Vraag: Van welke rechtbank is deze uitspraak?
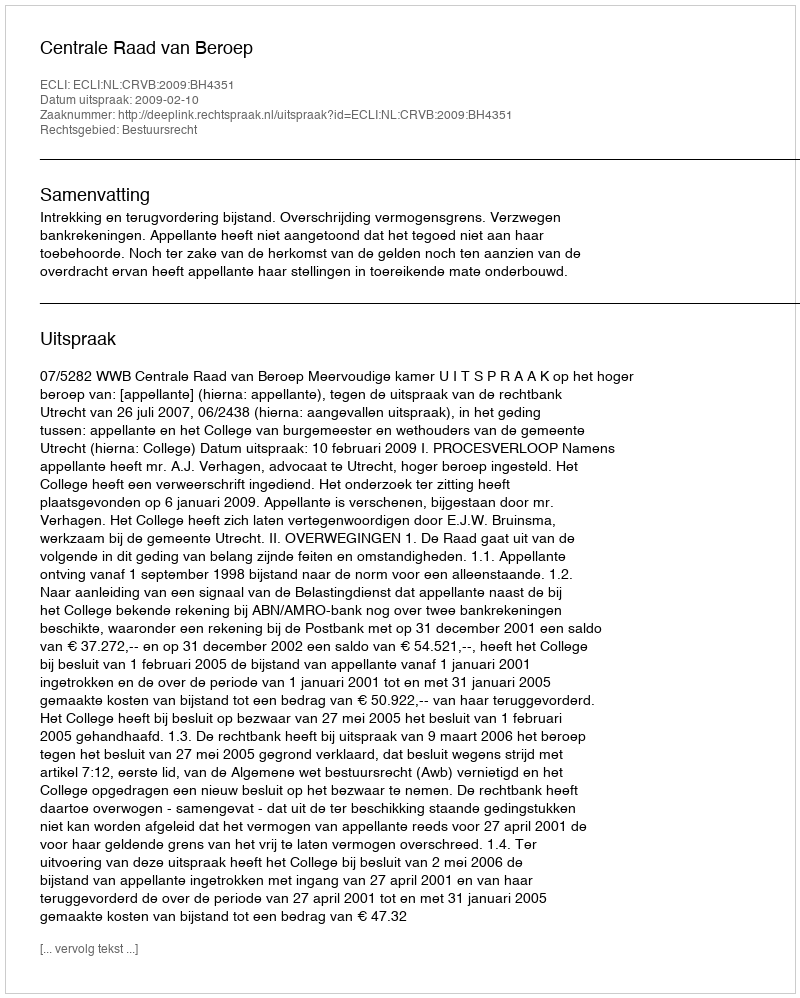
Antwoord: Centrale Raad van Beroep